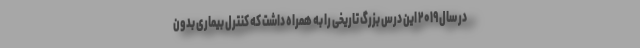
در سال ۲۰۱۹ این درس بزرگ تاریخی را به همراه داشت که کنترل بیماری بدون